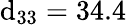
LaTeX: \mathrm{d}_{33}=34.4